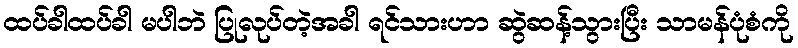
ထပ်ခါထပ်ခါ မပါဘဲ ပြုလုပ်တဲ့အခါ ရင်သားဟာ ဆွဲဆန့်သွားပြီး သာမန်ပုံစံကို